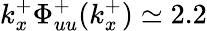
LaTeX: k_{x}^{+}\Phi_{uu}^{+}(k_{x}^{+})\simeq 2.2